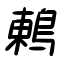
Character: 鶇